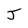
Character: J